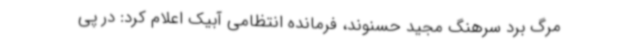
مرگ برد سرهنگ مجید حسنوند، فرمانده انتظامی آبیک اعلام کرد: در پی